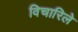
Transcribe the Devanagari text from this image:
विचारिले